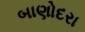
બાણોદરા